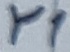
Text: Y1